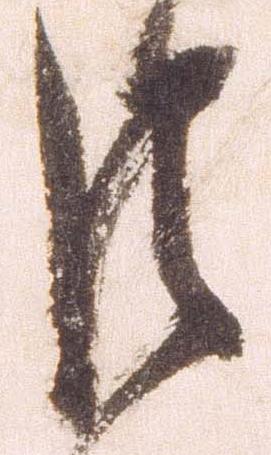
巨